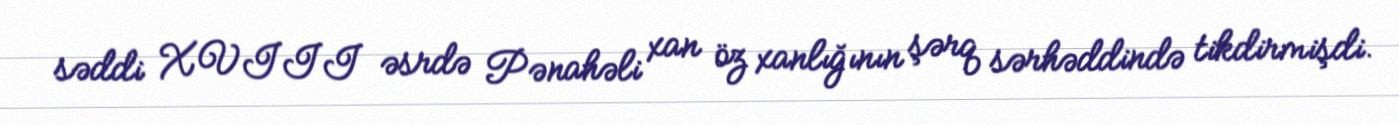
səddi XVIII əsrdə Pənahəli xan öz xanlığının şərq sərhəddində tikdirmişdi.